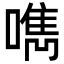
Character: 𠿘